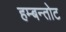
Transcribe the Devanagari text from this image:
हम्बन्तोट